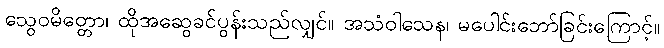
သွေဝမိတ္တော၊ ထိုအဆွေခင်ပွန်းသည်လျှင်။ အသံဝါသေန၊ မပေါင်းဘော်ခြင်းကြောင့်။